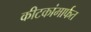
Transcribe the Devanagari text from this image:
कीटकांमार्फत